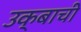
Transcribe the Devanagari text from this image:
उक्बाची